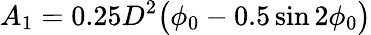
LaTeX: \displaystyle A_{1}=0.25D^{2}\big(\phi_{0}-0.5\sin 2\phi_{0}\big)